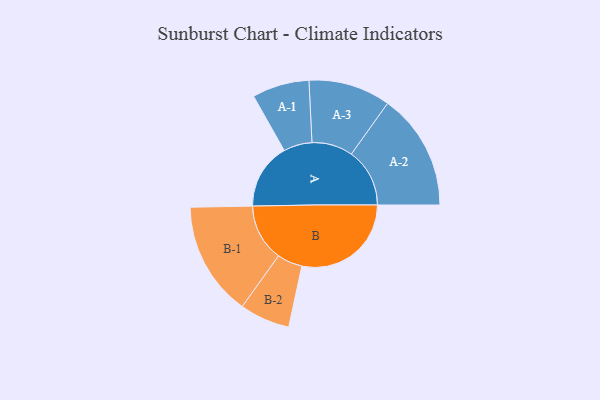
{"axis": {"x": "Segment", "y": "Value"}, "legend": ["", "A", "B"], "data": [{"x": "A", "y": 270, "type": ""}, {"x": "B", "y": 448, "type": ""}, {"x": "A-1", "y": 117, "type": "A"}, {"x": "A-2", "y": 239, "type": "A"}, {"x": "A-3", "y": 168, "type": "A"}, {"x": "B-1", "y": 234, "type": "B"}, {"x": "B-2", "y": 103, "type": "B"}]}